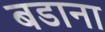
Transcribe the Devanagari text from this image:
बडाना